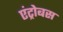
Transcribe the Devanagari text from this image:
एंट्रोबस